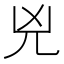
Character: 兇